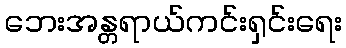
ဘေးအန္တရာယ်ကင်းရှင်းရေး